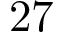
\mathrm { 2 7 }